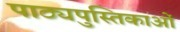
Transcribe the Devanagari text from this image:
पाठ्यपुस्तिकाओं